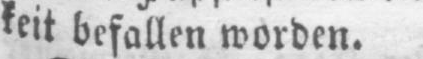
keit befallen worden.